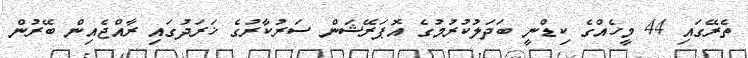
ތެރޭގައި 44 މީހެއްގެ ކިޑްނީ ބަދަލުކުރުމުގެ އޮޕަރޭޝަން ސަރުކާރުގެ ޚަރަދުގައި ރާއްޖެއިން ބޭރުން